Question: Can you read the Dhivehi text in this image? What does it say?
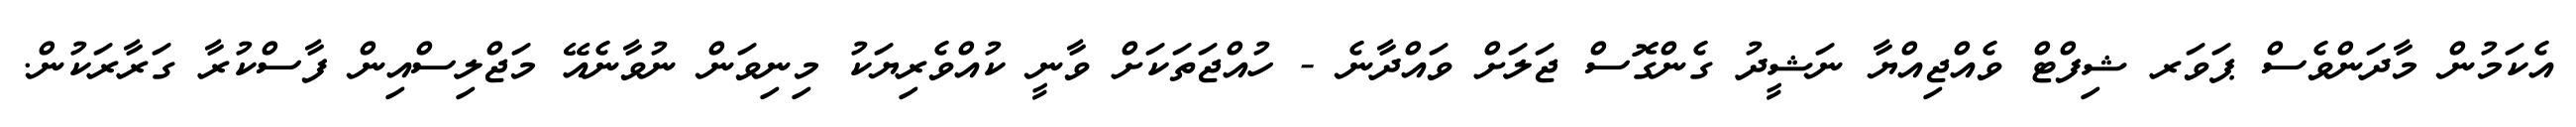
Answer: އެކަމުން މާދަންވެސް ޕަވަރ ޝިފްޓް ވެއްޖިއްޔާ ނަޝީދު ގެންގޮސް ޖަލަށް ވައްދާނެ - ހުއްޖަތަކަށް ވާނީ ކުއްވެރިޔަކު މިނިވަން ނުވާނެއޭ މަޖްލިސްއިން ފާސްކުރާ ގަރާރަކުން.